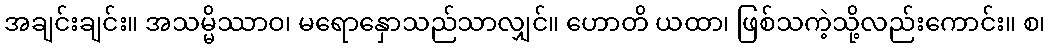
အချင်းချင်း။ အသမ္မိဿာဝ၊ မရောနှောသည်သာလျှင်။ ဟောတိ ယထာ၊ ဖြစ်သကဲ့သို့လည်းကောင်း။ စ၊